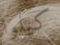
كيلوا